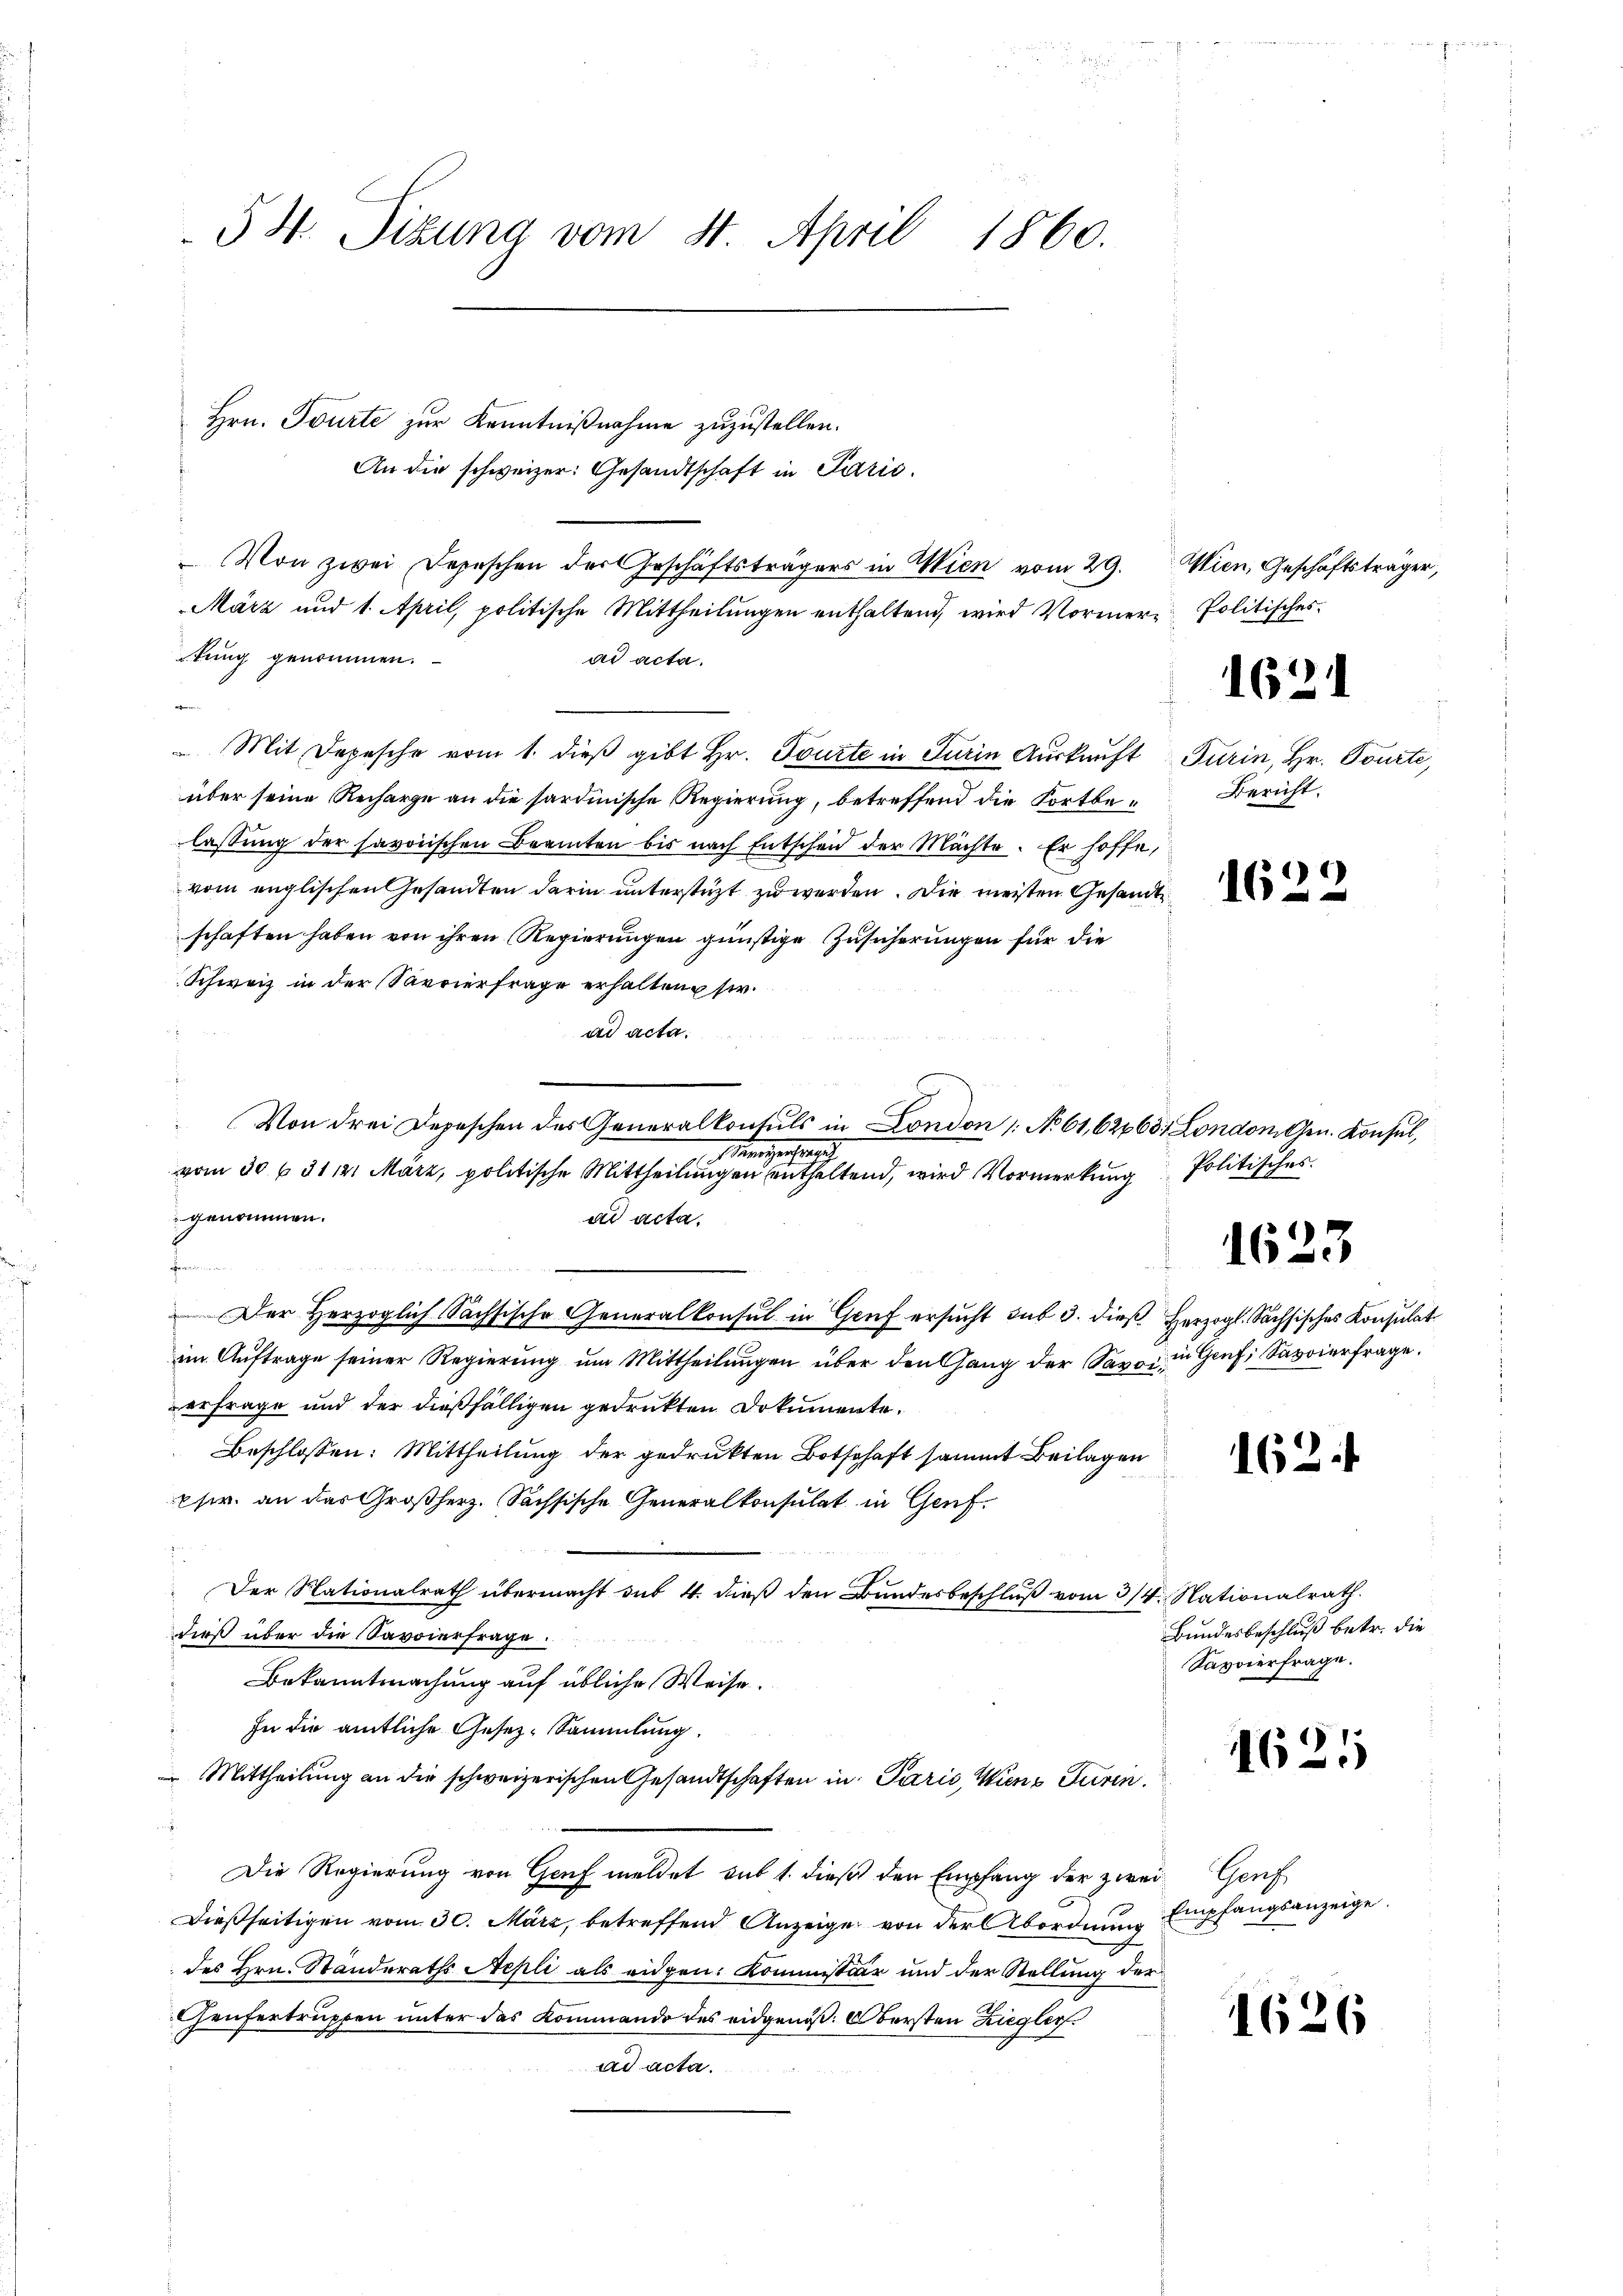
§ 4. Sitzung vom 8. April 1860.

Hrn. Tourte zur Kenntnißnahme zuzustellen.
An die schweizer: Gesandtschaft in Parić.
Von zwei Depeschen der Geschäftsträgers in Wien vom 29.
März und 1. April, politische Mittheilungen enthaltend, wird Vormertung genommen.
ad acta.
 Mit Depesche vom 1. dieß gibt Hr. Tourte in Turin Auskauft
über seine Recharge an die sardinische Regierung, betreffend die Fortbelassung der savoischen Beamten bis nach Entscheid der Mächte. Er hoffe,
vom englischen Gesandten darin unterstüzt zu werden. Die meisten Gesandte
schaften haben von ihren Regierungen günstige Zusicherungen für die
Schweiz in der Savoierfrage erhalten sie.
ad acta.
 Mengeschwer
vom 30 f 31 121 März, politische Mittheilungen enthaltend, wird Vormerkung
genommen.
ad acta.
de Bewill nun auch
Der Herzoglich Sächsische Generalkonsul in Genf ersucht sub 3. dieß Herzogl. Sachsisches Konsulat
im Aŭftrage seiner Regierŭng ŭm Mittheilŭngen über den Gang der Savoi in Genf, Savoierfrage.
erfrage und der dießfälligen gedrükten Dokumente.
Beschlossen: Mittheilung der gedrukten Botschaft sammt Beilagen
fr. an das Großherz. Sächsische Generalkonsulat in Genf.
Der Nationalrath übermacht sub 4. dieß den Bundesbeschluß vom 3/4. Nationalrath.
dieß über die Savoierfrage.
2
Bekanntmachung auf übliche Weise.
In die amtliche Gesez-Sammlung.
 Mittheilung an die schweizerischen Gesandtschaften in Paris, Wiene Turin
Die Regierung von Genf meldet sub 1. dieß den Empfang der zweidießseitigen vom 30. März, betreffend Anzeige von der Abordnung
des Hrn. Standeraths Aepli als eidgen. Kommissior und der Stellung der
Ceufertruppen unter das Kommando des eidgenöß. Obersten Ziegler
ad acta.

e

Von drei Depeschen des Generalkonsuls in London /: No 61, 62463. London Gen. Konsul,

Wien, Geschäftsträger,
Politisches.

1621

Turin, Hr. Tourte,
Bericht.

4
162.

Politisches.

1623

162.

Bundesbeschluß betr. die
Savvierfrage.

1621

1626

Graf
Empfangsanzeige.